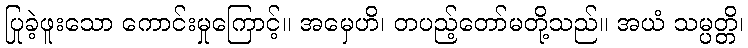
ပြုခဲ့ဖူးသော ကောင်းမှုကြောင့်။ အမှေဟိ၊ တပည့်တော်မတို့သည်။ အယံ သမ္ပတ္တိ၊